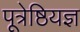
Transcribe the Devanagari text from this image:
पूत्रेष्ठियज्ञ